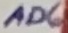
Text: AD6